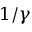
1 / \gamma